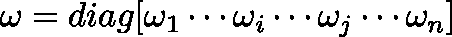
\mathbf { \omega } = d i a g [ \omega _ { 1 } \dotsm \omega _ { i } \dotsm \omega _ { j } \dotsm \omega _ { n } ]